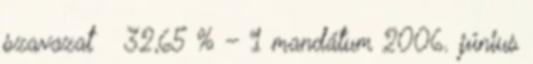
szavazat 32,65 % – 1 mandátum 2006. június